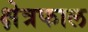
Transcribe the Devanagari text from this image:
क्षेत्रफाल